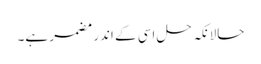
حالانکہ حل اسی کے اندر مضمر ہے۔